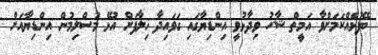
ބޭފުޅެއްކަމަށްވާ އަމީތް ޝާހު ވިދާޅުވީ އިންޑިޔާގައި ގަވައިދާ ޚިލާފަށް އުޅޭ މުސްލިމުން އިންޑިޔާއަށް